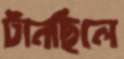
টানছিলে